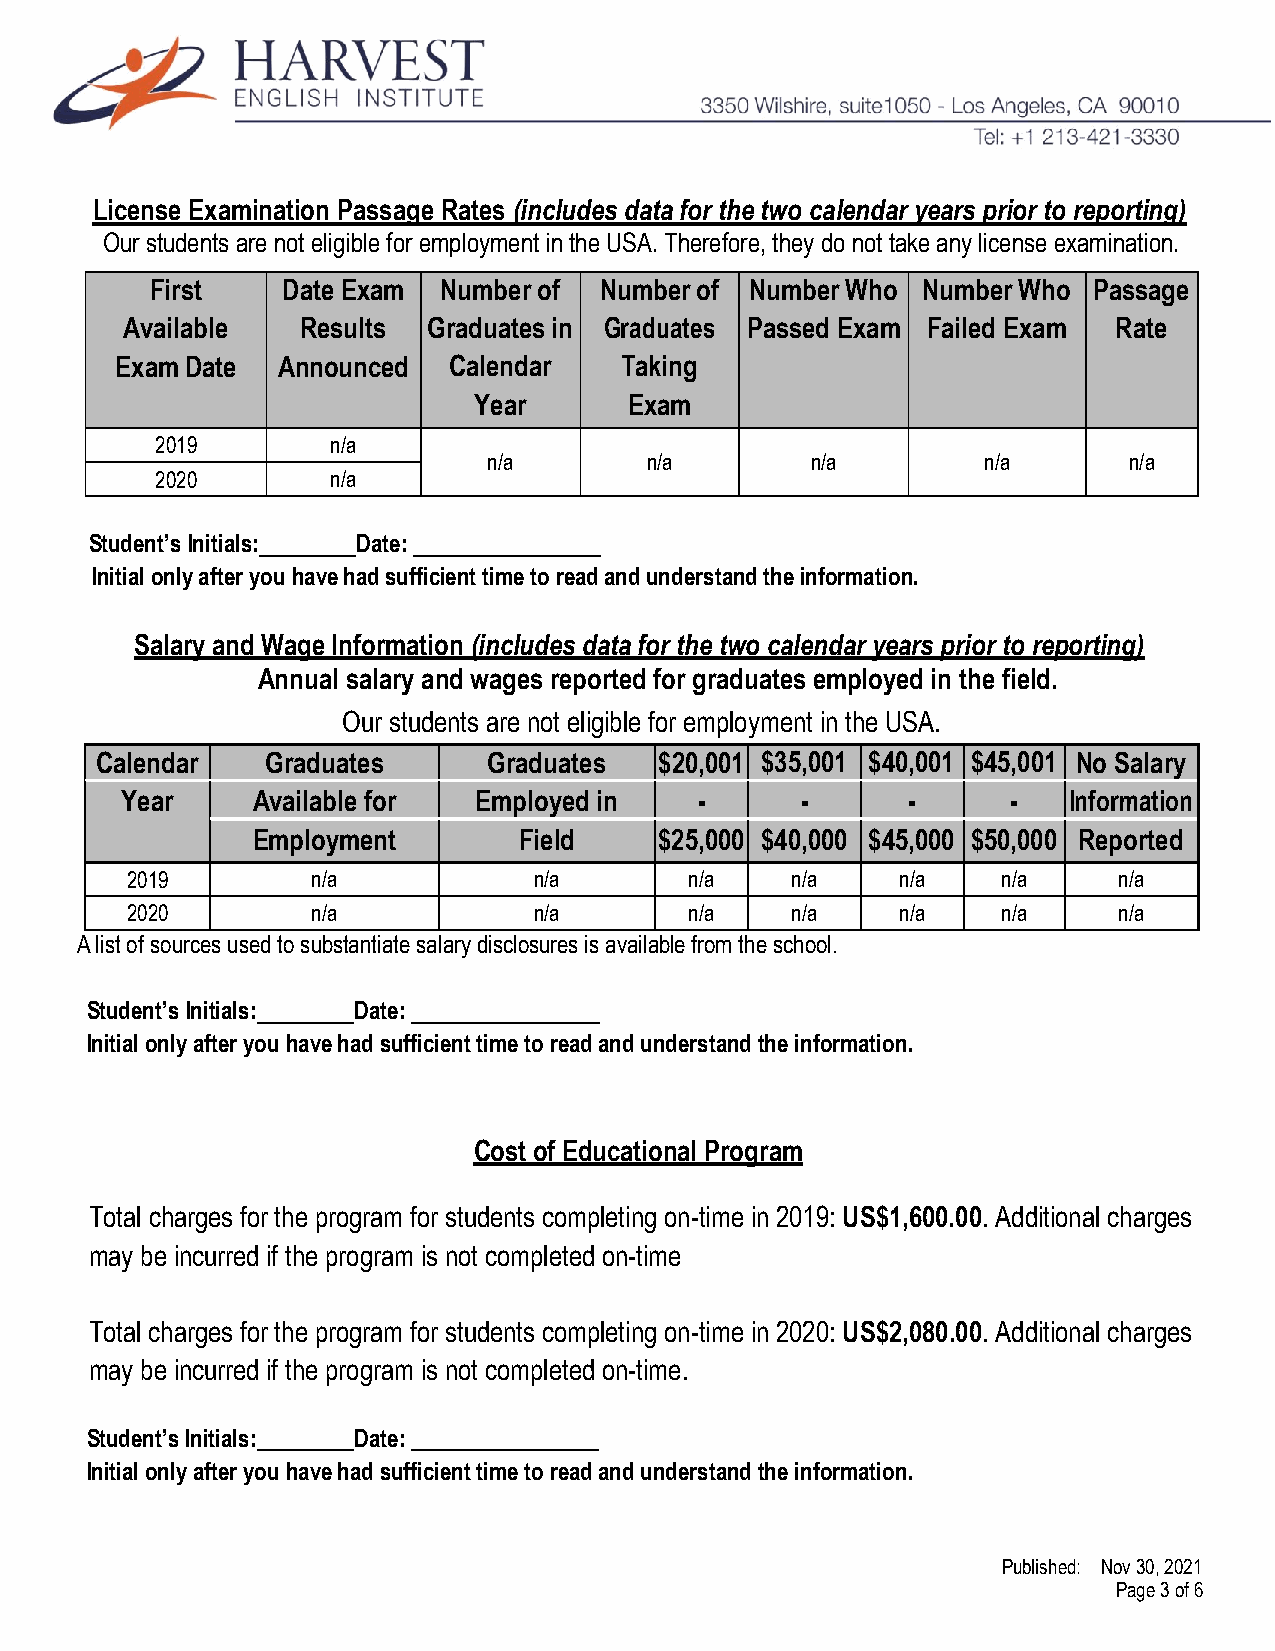
License Examination Passage Rates (includes data for the two calendar years prior to reporting)
 Our students are not eligible for employment in the USA. Therefore, they do not take any license examination.
 First    Date Exam Number of  Number of Number Who Number Who Passage
 Available   Results Graduates in Graduates Passed Exam Failed Exam Rate
 Exam Date Announced   Calendar   Taking
 Year       Exam
 2019        n/a
 n/a        n/a        n/a        n/a       n/a
 2020        n/a
 Student’s Initials: Date:
 Initial only after you have had sufficient time to read and understand the information.
 Salary and Wage Information (includes data for the two calendar years prior to reporting)
 Annual salary and wages reported for graduates employed in the field.
 Our students are not eligible for employment in the USA.
 Calendar    Graduates     Graduates   $20,001 $35,001 $40,001 $45,001 No Salary
 Year     Available for Employed in    -      -      -      -   Information
 Employment       Field     $25,000 $40,000 $45,000 $50,000 Reported
 2019         n/a           n/a        n/a   n/a     n/a   n/a     n/a
 2020         n/a           n/a        n/a   n/a     n/a   n/a     n/a
 A list of sources used to substantiate salary disclosures is available from the school.
 Student’s Initials: Date:
 Initial only after you have had sufficient time to read and understand the information.
 Cost of Educational Program
 Total charges for the program for students completing on-time in 2019: US$1,600.00. Additional charges
 may be incurred if the program is not completed on-time
 Total charges for the program for students completing on-time in 2020: US$2,080.00. Additional charges
 may be incurred if the program is not completed on-time.
 Student’s Initials: Date:
 Initial only after you have had sufficient time to read and understand the information.
 Published: Nov 30, 2021
 Page 3 of 6